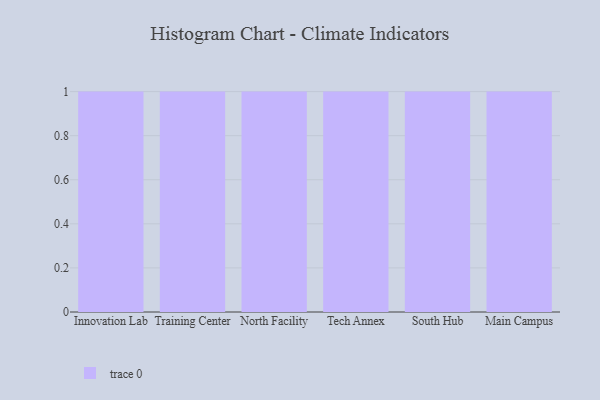
{"axis": {"x": "Campus", "y": "Tickets Resolved"}, "legend": [""], "data": [{"x": "Innovation Lab", "y": 41, "type": ""}, {"x": "Training Center", "y": 63, "type": ""}, {"x": "North Facility", "y": 61, "type": ""}, {"x": "Tech Annex", "y": 63, "type": ""}, {"x": "South Hub", "y": 74, "type": ""}, {"x": "Main Campus", "y": 87, "type": ""}]}